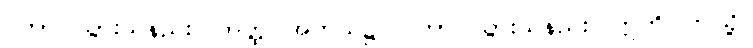
ဂတာ၊ သွားသနည်း။ ကတ္ထ၊ အဘယ်၌။ ဂတာ၊ သွားသနည်း။ ဣတိ၊ ဤသို့။